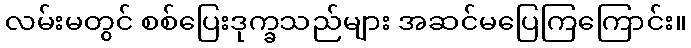
လမ်းမတွင် စစ်ပြေးဒုက္ခသည်များ အဆင်မပြေကြကြောင်း။